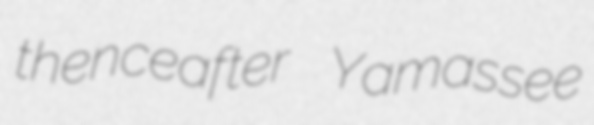
thenceafter Yamassee